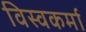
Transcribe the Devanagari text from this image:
विस्वकर्मा